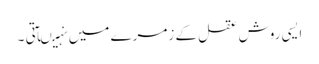
ایسی روش عقل کے زمرے میں نہیںآتی ۔